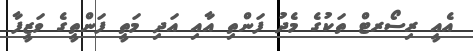
އެއީ ރިސޯރޓް ތަކުގެ މެދު ފަންތި އާއި އަދި މަތީ ފަންތީގެ ވަޒީފާ